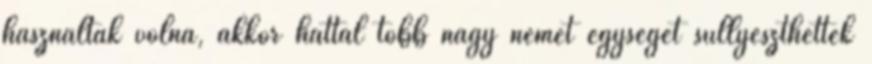
használtak volna, akkor hattal több nagy német egységet süllyeszthettek